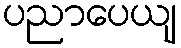
ပညာပေယျ